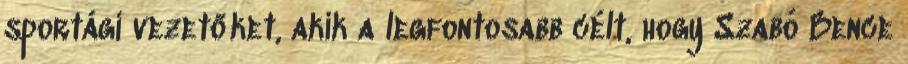
sportági vezetőket, akik a legfontosabb célt, hogy Szabó Bence